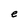
Character: e